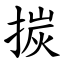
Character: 㨏